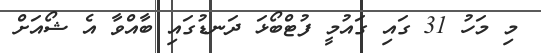
މި މަހު 31 ގައި ގައުމީ ފުޓްބޯޅަ ދަނޑުގައި ބާއްވާ އެ ޝޯއަށް